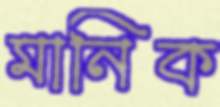
মানিক